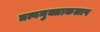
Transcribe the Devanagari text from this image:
तत्वमुक्ताकलाप